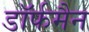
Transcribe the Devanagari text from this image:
डॉर्फमैन